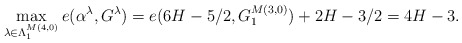
\begin{align*} \max_{\lambda\in\Lambda^{M(4,0)}_{1}} e(\alpha^\lambda, G^\lambda) = e(6H-5/2,G^{M(3,0)}_{1}) +2H-3/2 =4H-3.\end{align*}